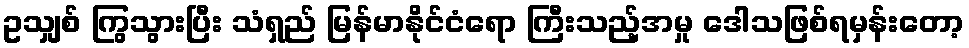
ဥသျှစ် ကြွသွားပြီး သံရှည် မြန်မာနိုင်ငံရော ကြီးသည့်အမှု ဒေါသဖြစ်ရမှန်းတော့